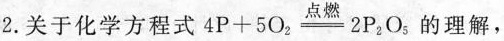
2.关于化学方程式 $$4 P + 5 O _ { 2 } \xlongequal [ ] { 点 燃 }